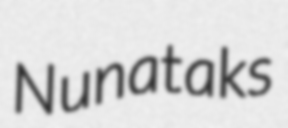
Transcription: Nunataks